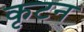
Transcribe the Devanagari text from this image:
कृटन